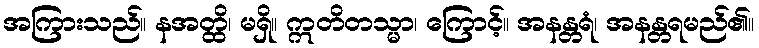
အကြားသည်။ နအတ္ထိ၊ မရှိ။ ဣတိတသ္မာ၊ ကြောင့်။ အနန္တရံ၊ အနန္တရမည်၏။